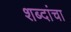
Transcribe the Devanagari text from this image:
शब्‍दांचा